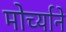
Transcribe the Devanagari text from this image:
मोर्च्याने